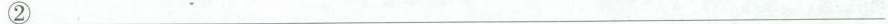
②___